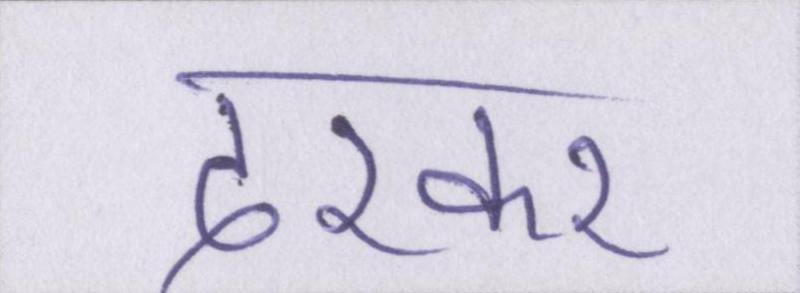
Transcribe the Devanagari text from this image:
दरकार